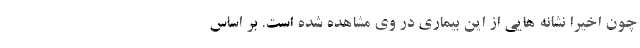
چون اخیرا نشانه هایی از این بیماری در وی مشاهده شده است. بر اساس